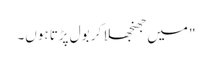
" میں جھنجھلا کر بول پڑتا ہوں۔